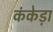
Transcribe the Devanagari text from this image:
कंकेड़ा